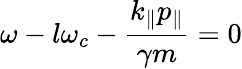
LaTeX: \omega-l\omega_{c}-\frac{k_{\parallel}p_{\parallel}}{\gamma m}=0